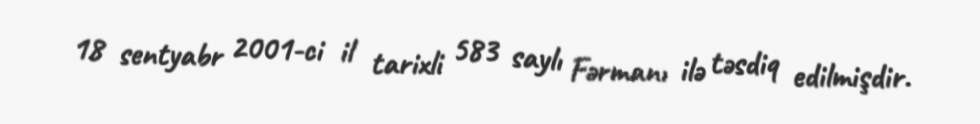
18 sentyabr 2001-ci il tarixli 583 saylı Fərmanı ilə təsdiq edilmişdir.